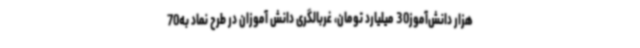
هزار دانش‌آموز30 میلیارد تومان، غربالگری دانش آموزان در طرح نماد به70